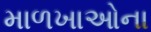
માળખાઓના